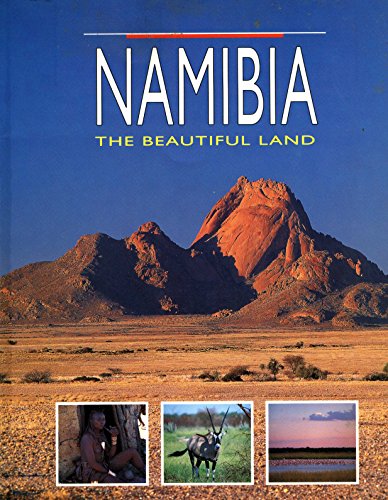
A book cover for Namibia: The Beautiful Land; David Bristow; Travel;